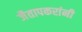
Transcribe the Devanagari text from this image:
जैतापकरांनी